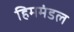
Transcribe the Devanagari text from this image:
हिममंडल